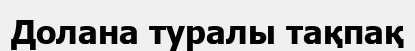
Долана туралы тақпақ